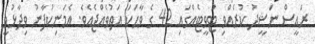
ރައީސް ނަޝީދު ކުރެއްވި ޓުވީޓެއްގައި 42 ގެ ވާހަކަ އަތުވެއްޖެއެވެ. އެމަނިކުފާނު ވިދާޅުވީ